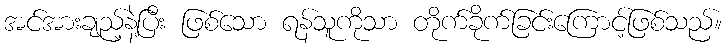
အင်အားချည့်နဲ့ပြီး ဖြစ်သော ရန်သူကိုသာ တိုက်ခိုက်ခြင်းကြောင့်ဖြစ်သည်။